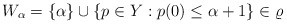
\begin{align*}W_\alpha=\{\alpha\}\cup \{p\in Y: p(0)\le {\alpha}+1\} \in \varrho\end{align*}